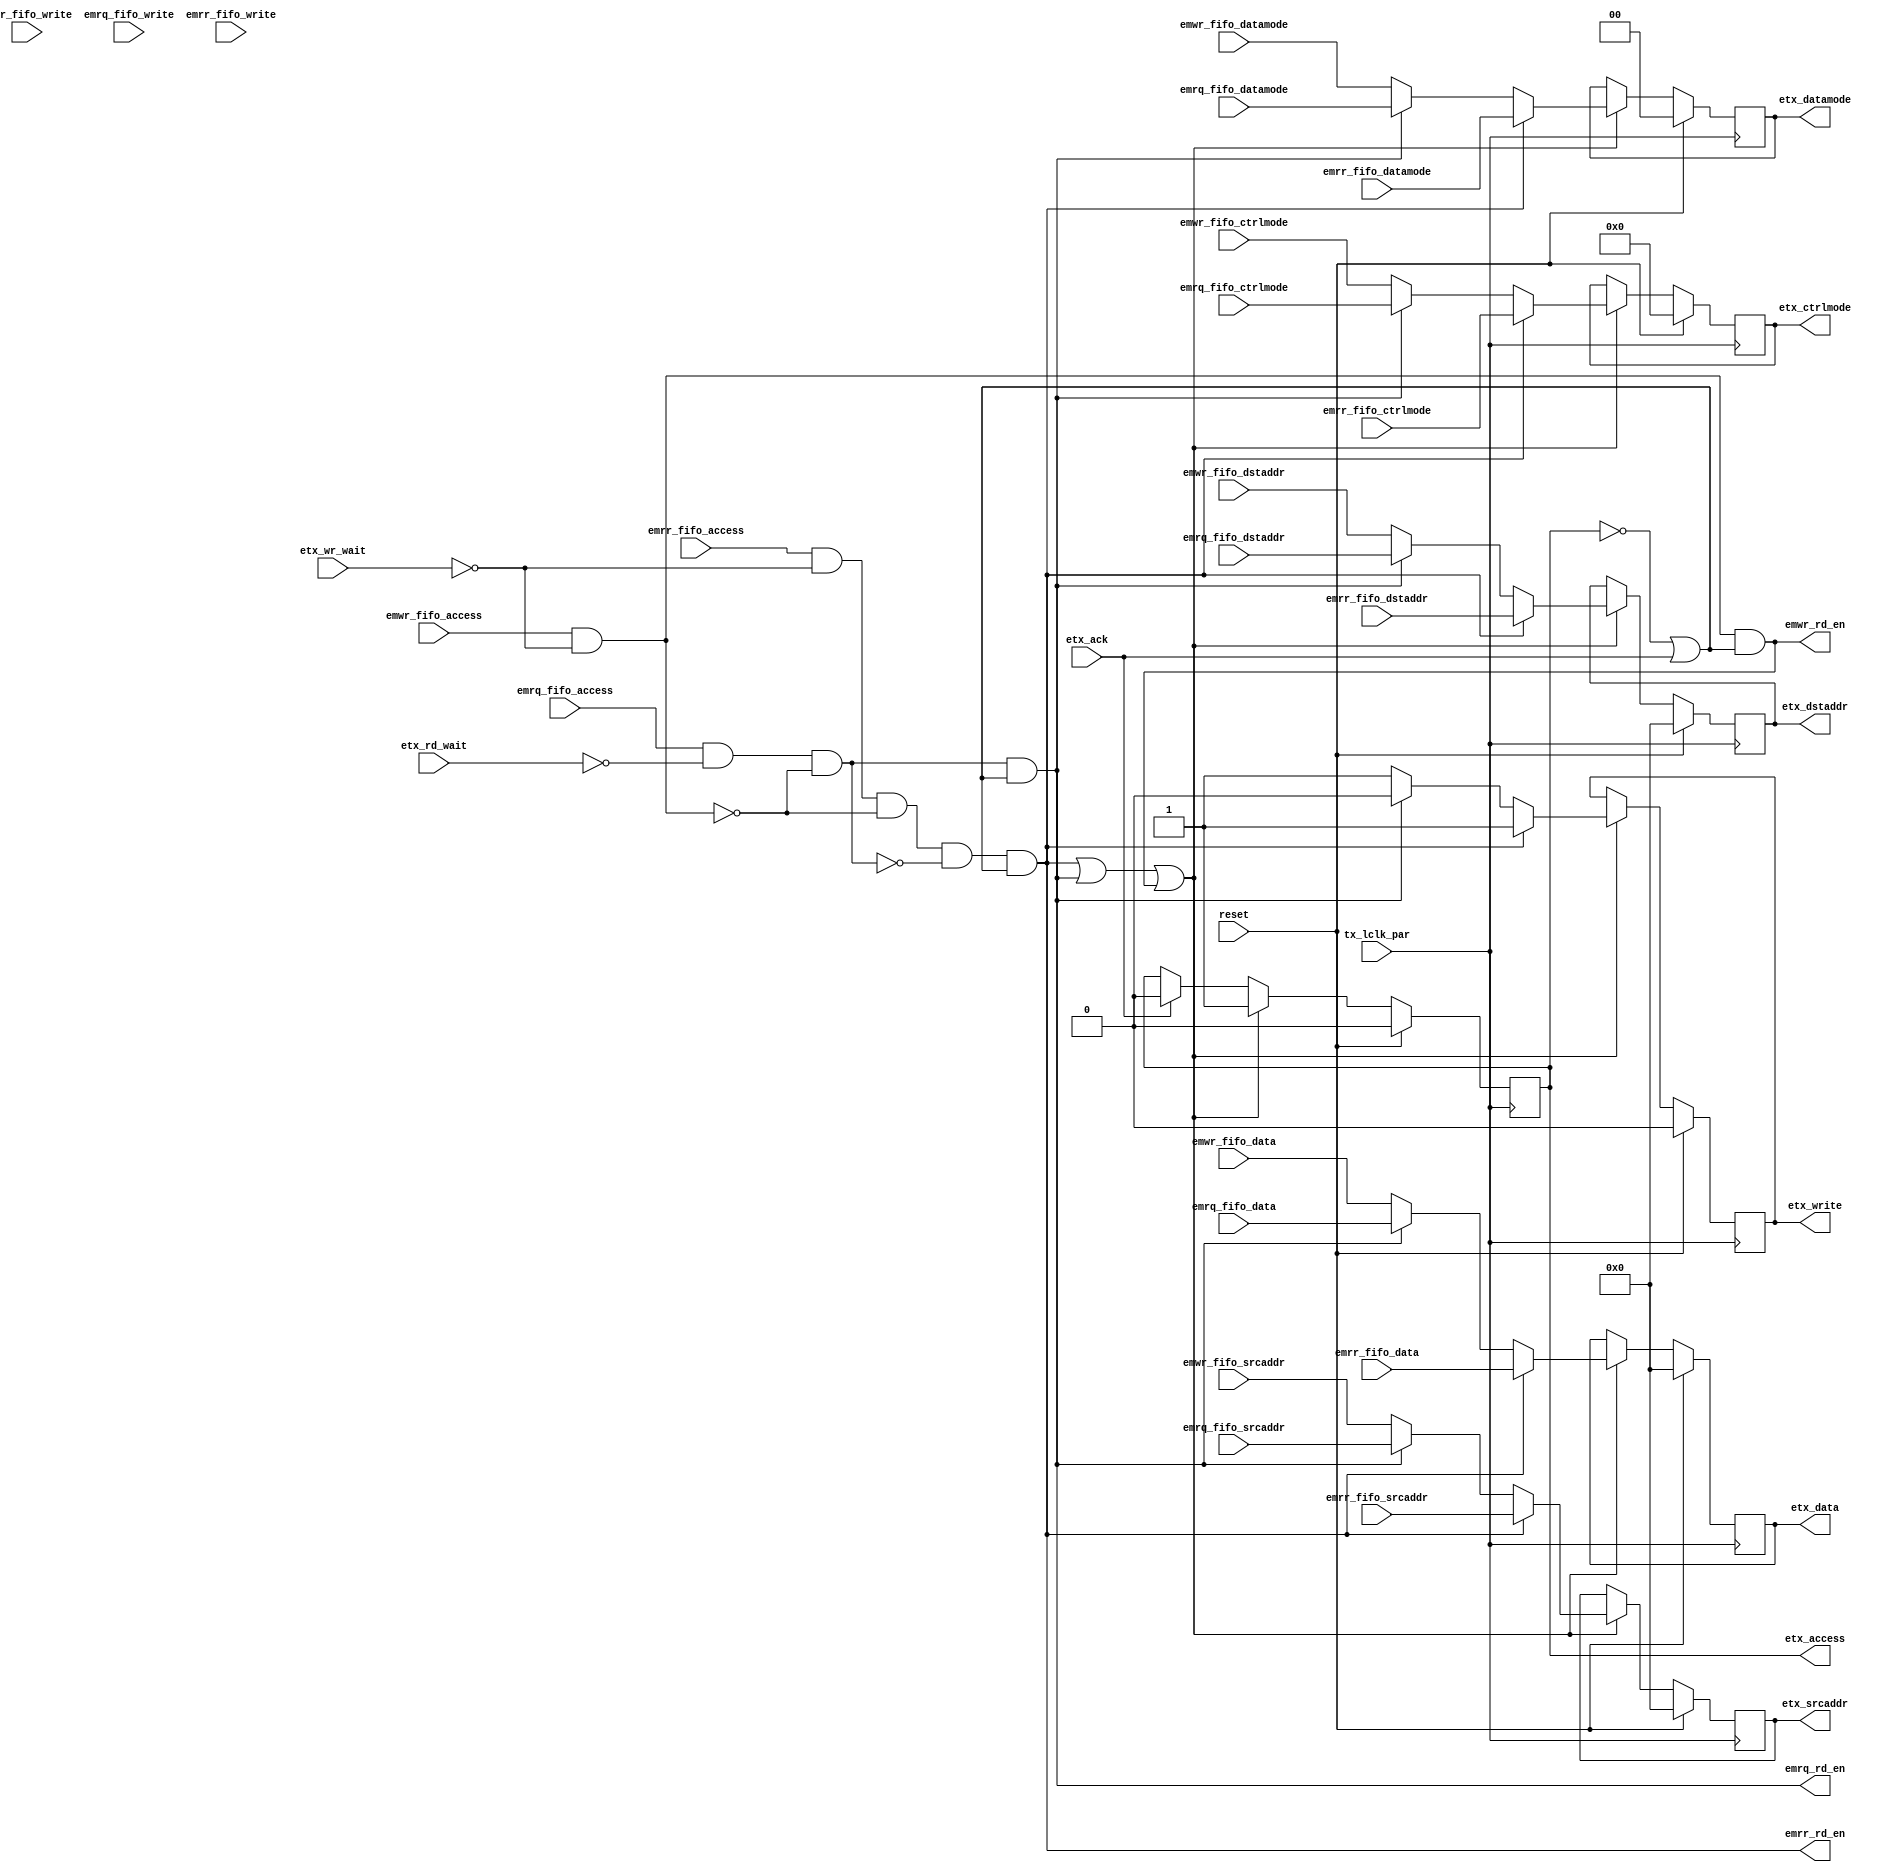
module etx_arbiter (/*AUTOARG*/
   // Outputs
   emwr_rd_en, emrq_rd_en, emrr_rd_en, etx_access, etx_write,
   etx_datamode, etx_ctrlmode, etx_dstaddr, etx_srcaddr, etx_data,
   // Inputs
   tx_lclk_par, reset, emwr_fifo_access, emwr_fifo_write,
   emwr_fifo_datamode, emwr_fifo_ctrlmode, emwr_fifo_dstaddr,
   emwr_fifo_data, emwr_fifo_srcaddr, emrq_fifo_access,
   emrq_fifo_write, emrq_fifo_datamode, emrq_fifo_ctrlmode,
   emrq_fifo_dstaddr, emrq_fifo_data, emrq_fifo_srcaddr,
   emrr_fifo_access, emrr_fifo_write, emrr_fifo_datamode,
   emrr_fifo_ctrlmode, emrr_fifo_dstaddr, emrr_fifo_data,
   emrr_fifo_srcaddr, etx_rd_wait, etx_wr_wait, etx_ack
   );

   // tx clock
   input          tx_lclk_par;
   input          reset;
   
   //Write Request (from slave)
   input 	  emwr_fifo_access;
   input 	  emwr_fifo_write;
   input [1:0] 	  emwr_fifo_datamode;
   input [3:0] 	  emwr_fifo_ctrlmode;
   input [31:0]   emwr_fifo_dstaddr;
   input [31:0]   emwr_fifo_data;
   input [31:0]   emwr_fifo_srcaddr;
   output         emwr_rd_en;
   
   //Read Request (from slave)
   input 	  emrq_fifo_access;
   input 	  emrq_fifo_write;
   input [1:0] 	  emrq_fifo_datamode;
   input [3:0] 	  emrq_fifo_ctrlmode;
   input [31:0]   emrq_fifo_dstaddr;
   input [31:0]   emrq_fifo_data;
   input [31:0]   emrq_fifo_srcaddr;
   output         emrq_rd_en;
   
   //Read Response (from master)
   input 	  emrr_fifo_access;
   input 	  emrr_fifo_write;
   input [1:0] 	  emrr_fifo_datamode;
   input [3:0] 	  emrr_fifo_ctrlmode;
   input [31:0]   emrr_fifo_dstaddr;
   input [31:0]   emrr_fifo_data;
   input [31:0]   emrr_fifo_srcaddr;
   output         emrr_rd_en;

   // eMesh master port, to TX
   output         etx_access;
   output         etx_write;
   output [1:0]   etx_datamode;
   output [3:0]   etx_ctrlmode;
   output [31:0]  etx_dstaddr;
   output [31:0]  etx_srcaddr;
   output [31:0]  etx_data;
   input          etx_rd_wait;
   input          etx_wr_wait;

   // Ack from TX protocol module
   input          etx_ack;

   //regs
   reg            ready;
   reg 		  etx_write;
   reg [1:0] 	  etx_datamode;
   reg [3:0] 	  etx_ctrlmode;
   reg [31:0] 	  etx_dstaddr;
   reg [31:0] 	  etx_srcaddr;
   reg [31:0] 	  etx_data;

   //wires
   wire 	  rr_ready;
   wire 	  rq_ready;
   wire 	  wr_ready;
   wire           emrr_rd_en;

   wire 	  emwr_rd_en;


   //############
   //# Arbitrate & forward
   //############

   // priority-based ready signals
   assign     wr_ready = emwr_fifo_access & ~etx_wr_wait;                        //highest
   assign     rq_ready = emrq_fifo_access & ~etx_rd_wait & ~wr_ready;
   assign     rr_ready = emrr_fifo_access & ~etx_wr_wait & ~wr_ready & ~rq_ready;//lowest
   
   // FIFO read enables, when we're idle or done with the current datum
   assign     emrr_rd_en = rr_ready & (~ready | etx_ack);
   assign     emrq_rd_en = rq_ready & (~ready | etx_ack);
   assign     emwr_rd_en = wr_ready & (~ready | etx_ack);
   
   always @ (posedge tx_lclk_par)
      if( reset ) 
	begin
           ready             <= 1'b0;
	   etx_write         <= 1'b0;
	   etx_datamode[1:0] <= 2'b0;
	   etx_ctrlmode[3:0] <= 4'b0;
	   etx_dstaddr[31:0] <= 32'b0;
	   etx_data[31:0]    <= 32'b0;
	   etx_srcaddr[31:0] <= 32'b0;
	end 
      else if (emrr_rd_en | emrq_rd_en | emwr_rd_en )
	begin
	   ready <= 1'b1;	   
	   
	   etx_write  <= emrr_rd_en ? 1'b1 :
			 emrq_rd_en ? 1'b0 :
			              1'b1;

	   etx_datamode[1:0] <= emrr_rd_en ? emrr_fifo_datamode[1:0] :
				emrq_rd_en ? emrq_fifo_datamode[1:0] :
			        emwr_fifo_datamode[1:0];
	   
	   
	   etx_ctrlmode[3:0] <= emrr_rd_en ? emrr_fifo_ctrlmode[3:0] :
				emrq_rd_en ? emrq_fifo_ctrlmode[3:0] :
			        emwr_fifo_ctrlmode[3:0];


	   etx_dstaddr[31:0] <= emrr_rd_en ? emrr_fifo_dstaddr[31:0] :
				emrq_rd_en ? emrq_fifo_dstaddr[31:0] :
			        emwr_fifo_dstaddr[31:0];


	   etx_data[31:0] <= emrr_rd_en ? emrr_fifo_data[31:0] :
			     emrq_rd_en ? emrq_fifo_data[31:0] :
			     emwr_fifo_data[31:0];
	   
	   
	   etx_srcaddr[31:0] <= emrr_rd_en ? emrr_fifo_srcaddr[31:0] :
				emrq_rd_en ? emrq_fifo_srcaddr[31:0] :
				emwr_fifo_srcaddr[31:0];
	   
	end   
      else if (etx_ack)
	begin
	   ready <= 1'b0;	   
	end   
   	                                            
   assign etx_access = ready;
   
      
endmodule